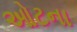
ઓટના